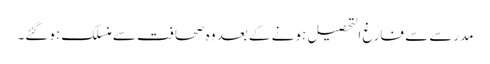
مدرسے سے فارغ التحصیل ہونے کے بعد وہ صحافت سے منسلک ہوگئے۔